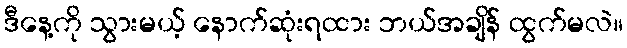
ဒီနေ့ကို သွားမယ့် နောက်ဆုံးရထား ဘယ်အချိန် ထွက်မလဲ။